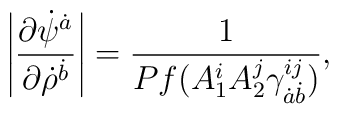
\left|{\partial\dot \psi^{\dot a} \over \partial\dot \rho^{\dot  b}}\right| ={1\over Pf(A_1^i A_2^j\gamma^{ij}_{\dot a\dot b})},